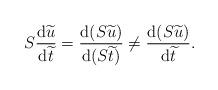
LaTeX: \begin{align*}S\frac{\operatorname{d}\!\widetilde{u}}{\operatorname{d}\!\widetilde{t}}=\frac{\operatorname{d}(S\widetilde{u})}{\operatorname{d}(S\widetilde{t})}\neq \frac{\operatorname{d}(S\widetilde{u})}{\operatorname{d}\!\widetilde{t}}.\end{align*}